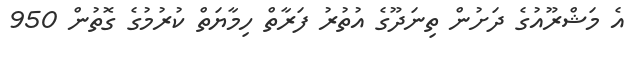
އެ މަޝްރޫއުގެ ދަށުން ތިނަދޫގެ އުތުރު ފަރާތް ހިމާޔަތް ކުރުމުގެ ގޮތުން 950